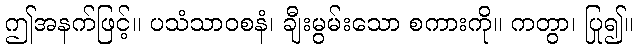
ဤအနက်ဖြင့်။ ပသံသာဝစနံ၊ ချီးမွမ်းသော စကားကို။ ကတွာ၊ ပြု၍။